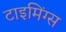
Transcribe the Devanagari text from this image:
टाइमिंग्स